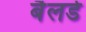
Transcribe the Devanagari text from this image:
बैलर्ड